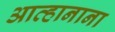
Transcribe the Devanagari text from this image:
आव्हानाना